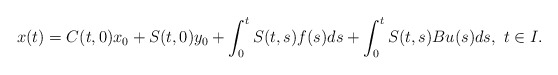
\begin{align*}x(t)=C(t,0)x_0+S(t,0)y_0+\int_0^tS(t,s)f(s)ds+\int_0^tS(t,s)Bu(s)ds,\ t\in I.\end{align*}